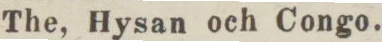
The, Hysan och Congo.